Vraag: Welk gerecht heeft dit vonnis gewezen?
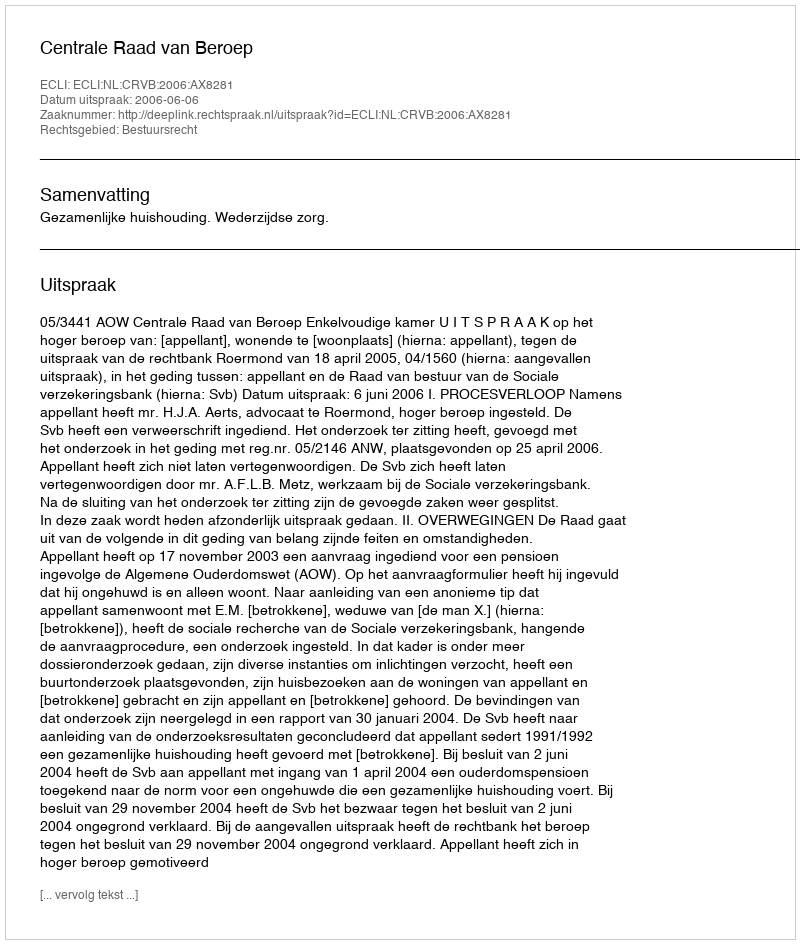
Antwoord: Centrale Raad van Beroep